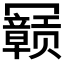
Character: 𫤽